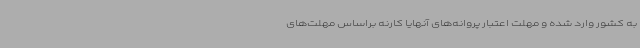
به کشور وارد شده و مهلت اعتبار پروانه‌های آنهایا کارنه براساس مهلت‌های